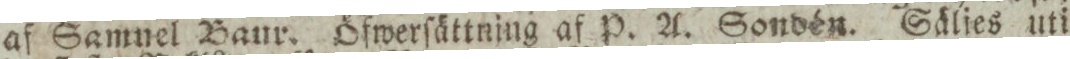
af Samnel Baur. Öfwerſättning af P. A. Sondén. Säljes uti